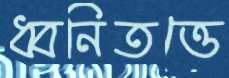
ধ্বনিতত্তে